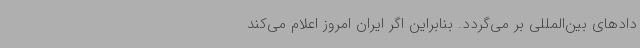
دادهای بین‌المللی بر می‌گردد. بنابراین اگر ایران امروز اعلام می‌کند